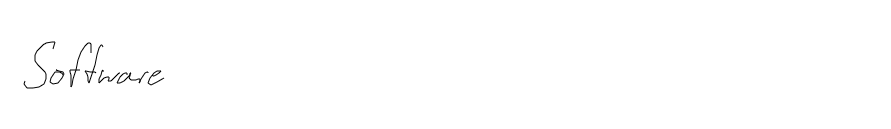
Software